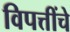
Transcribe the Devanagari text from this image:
विपत्तींचे